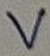
Text: V